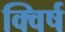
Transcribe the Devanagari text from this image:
क्विर्ष